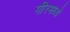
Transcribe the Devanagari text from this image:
गीरमध्ये